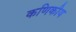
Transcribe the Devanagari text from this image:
कणिकीय